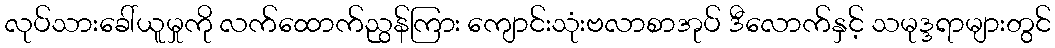
လုပ်သားခေါ်ယူမှုကို လက်ထောက်ညွန်ကြား ကျောင်းသုံးဗလာစာအုပ် ဒီလောက်နှင့် သမုဒ္ဒရာများတွင်